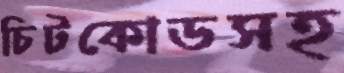
চিটকোডসহ